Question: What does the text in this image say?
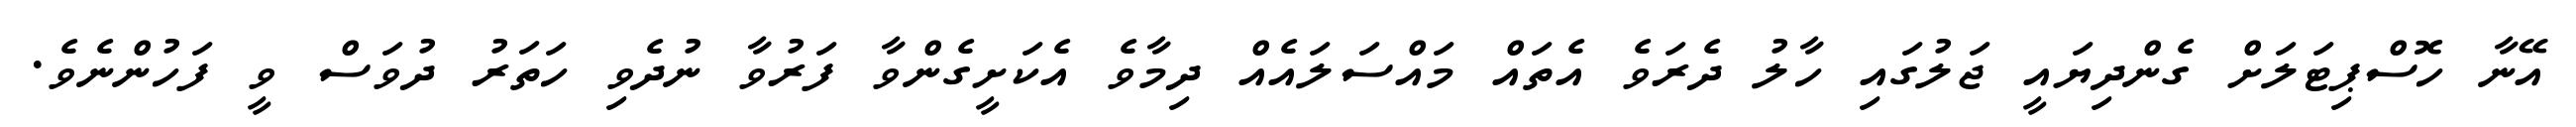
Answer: އޭނާ ހޮސްޕިޓަލަށް ގެންދިޔައީ ޖަލުގައި ހާލު ދެރަވެ އެތައް މައްސަލައެއް ދިމާވެ އެކަށީގެންވާ ފަރުވާ ނުދެވި ހަތަރު ދުވަސް ވީ ފަހުންނެވެ.